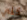
كلي